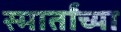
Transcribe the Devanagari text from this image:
स्मार्तांच्या